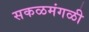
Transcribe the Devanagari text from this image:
सकळमंगळी